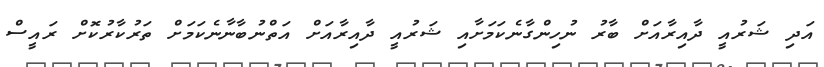
އަދި ޝަރުއީ ދާއިރާއަށް ބާރު ނުހިންގާނެކަމަށާއި ޝަރުއީ ދާއިރާއަށް އަތްނުބާނާނެކަމަށް ތަރުކާރުކޮށް ރައީސް